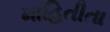
માહિતીતા